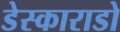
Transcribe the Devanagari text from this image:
डेस्काराडो